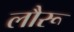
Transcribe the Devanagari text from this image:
लौरू